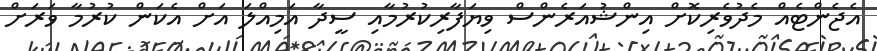
އެޖެންޓެއް މެދުވެރިކޮށް އިންޝުއަރެންސް ވިޔަފާރިކުރުމާއި ސީދާ އަމިއްލަ އަށް އެކަން ކުރުމާ ވަރަށް